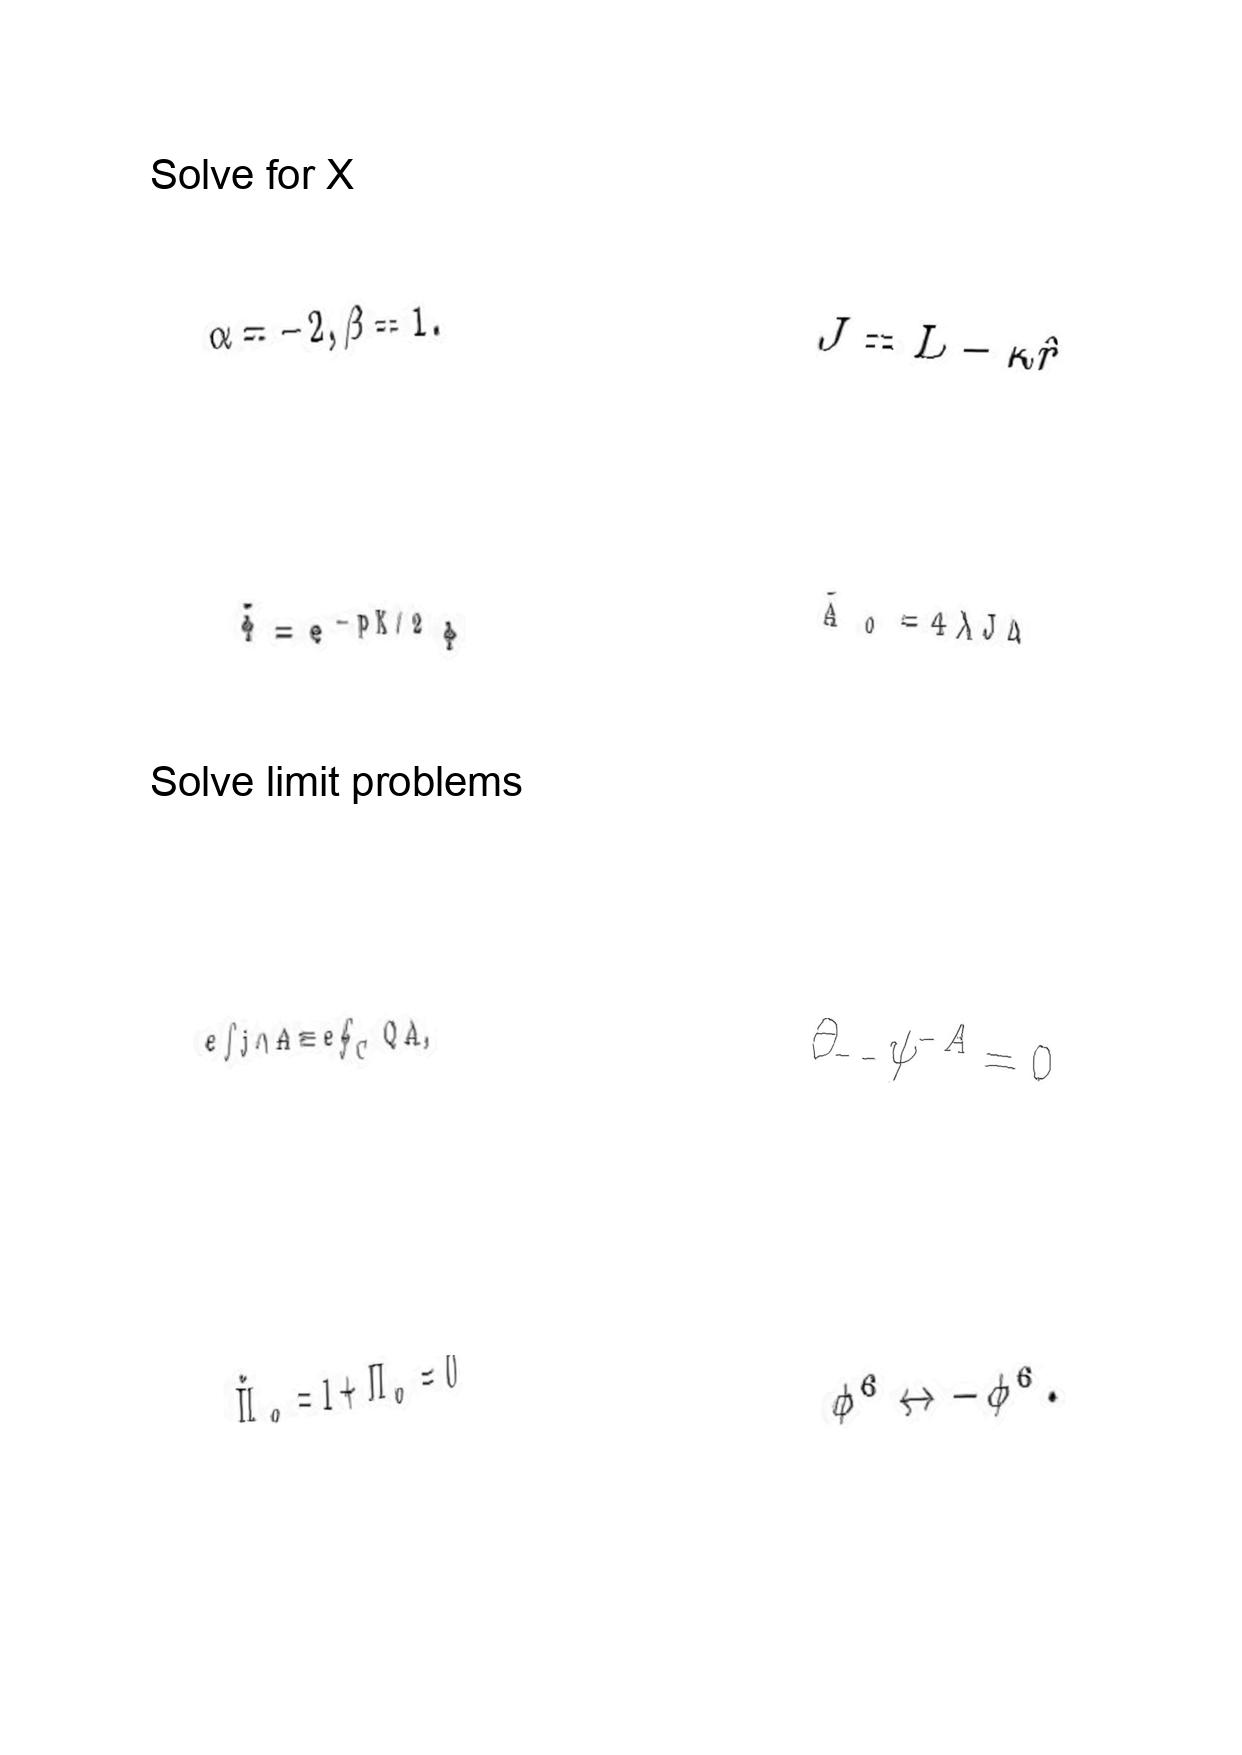
LaTeX transcription:
\alpha = - 2 , \beta = 1 .
\tilde { \Phi } = e ^ { - p K / 2 } \Phi
e \int j \wedge A \equiv e \oint _ { C } Q A ,
\tilde { \Pi } _ { o } = 1 + \Pi _ { o } = 0
J = L - \kappa \hat { r }
\tilde { A } _ { 0 } = 4 \lambda J \Delta
\partial _ { - - } \psi ^ { - A } = 0
\phi ^ { 6 } \leftrightarrow - \phi ^ { 6 } .